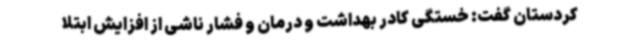
کردستان گفت: خستگی کادر بهداشت و درمان و فشار ناشی از افزایش ابتلا